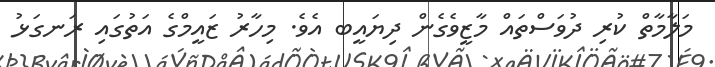
މަލާމާތް ކުރި ދުވަސްތައް މާޒީވެގެން ދިޔައީބ އެވެ. މިހާރު ޒައީމްގެ އަތުގައި ރަނގަޅު